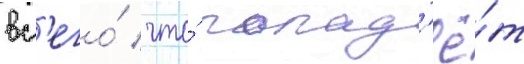
вс'его́ / что́ попад'ё́т